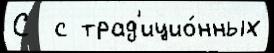
С  с трад'ицио́нных